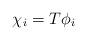
LaTeX: \begin{align*} \chi_i = T \phi_i \end{align*}